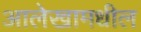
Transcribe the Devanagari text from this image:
आलेखामधील